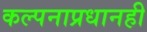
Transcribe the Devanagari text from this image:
कल्पनाप्रधानही